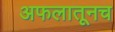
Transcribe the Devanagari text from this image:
अफलातूनच